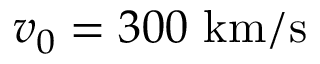
v _ { 0 } = 3 0 0 \ \mathrm { k m / s }